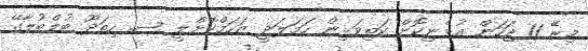
މިރޭ 11 ޖަހަން އުޅެނިކޮށް ކަތިވަޅިން ހަމަލަދީ ޒަހަމްކޮށްލީ ސ. ހިތަދޫ ބުލްބުލާގޭ